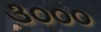
૩૦૦૦